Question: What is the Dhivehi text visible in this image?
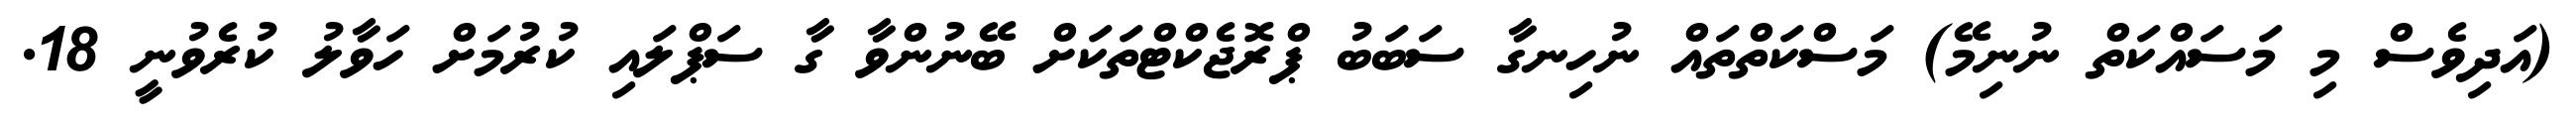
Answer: (އަދިވެސް މި މަސައްކަތް ނުނިމޭ) މަސްކަތްތައް ނުހިނގާ ސަބަބު ޕްރޮޖެކްޓްތަކަށް ބޭނުންވާ ގާ ސަޕްލައި ކުރުމަށް ހަވާލު ކުރެވުނީ 18.